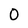
Character: 0